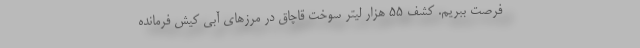
فرصت ببریم. کشف ۵۵ هزار لیتر سوخت قاچاق در مرزهای آبی کیش فرمانده